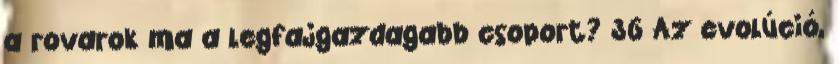
a rovarok ma a legfajgazdagabb csoport? 36 Az evolúció,